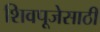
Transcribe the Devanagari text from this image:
शिवपूजेसाठी